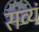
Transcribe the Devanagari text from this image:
सव्यं